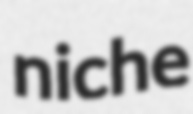
niche